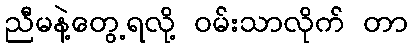
ညီမနဲ့တွေ့ရလို့ ဝမ်းသာလိုက် တာ